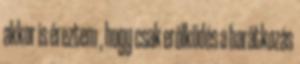
akkor is éreztem , hogy csak erőlködés a barátkozás